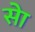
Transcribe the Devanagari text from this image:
सेा